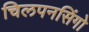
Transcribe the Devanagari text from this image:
चिलपनसिंगो